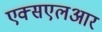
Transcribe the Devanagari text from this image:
एक्सएलआर